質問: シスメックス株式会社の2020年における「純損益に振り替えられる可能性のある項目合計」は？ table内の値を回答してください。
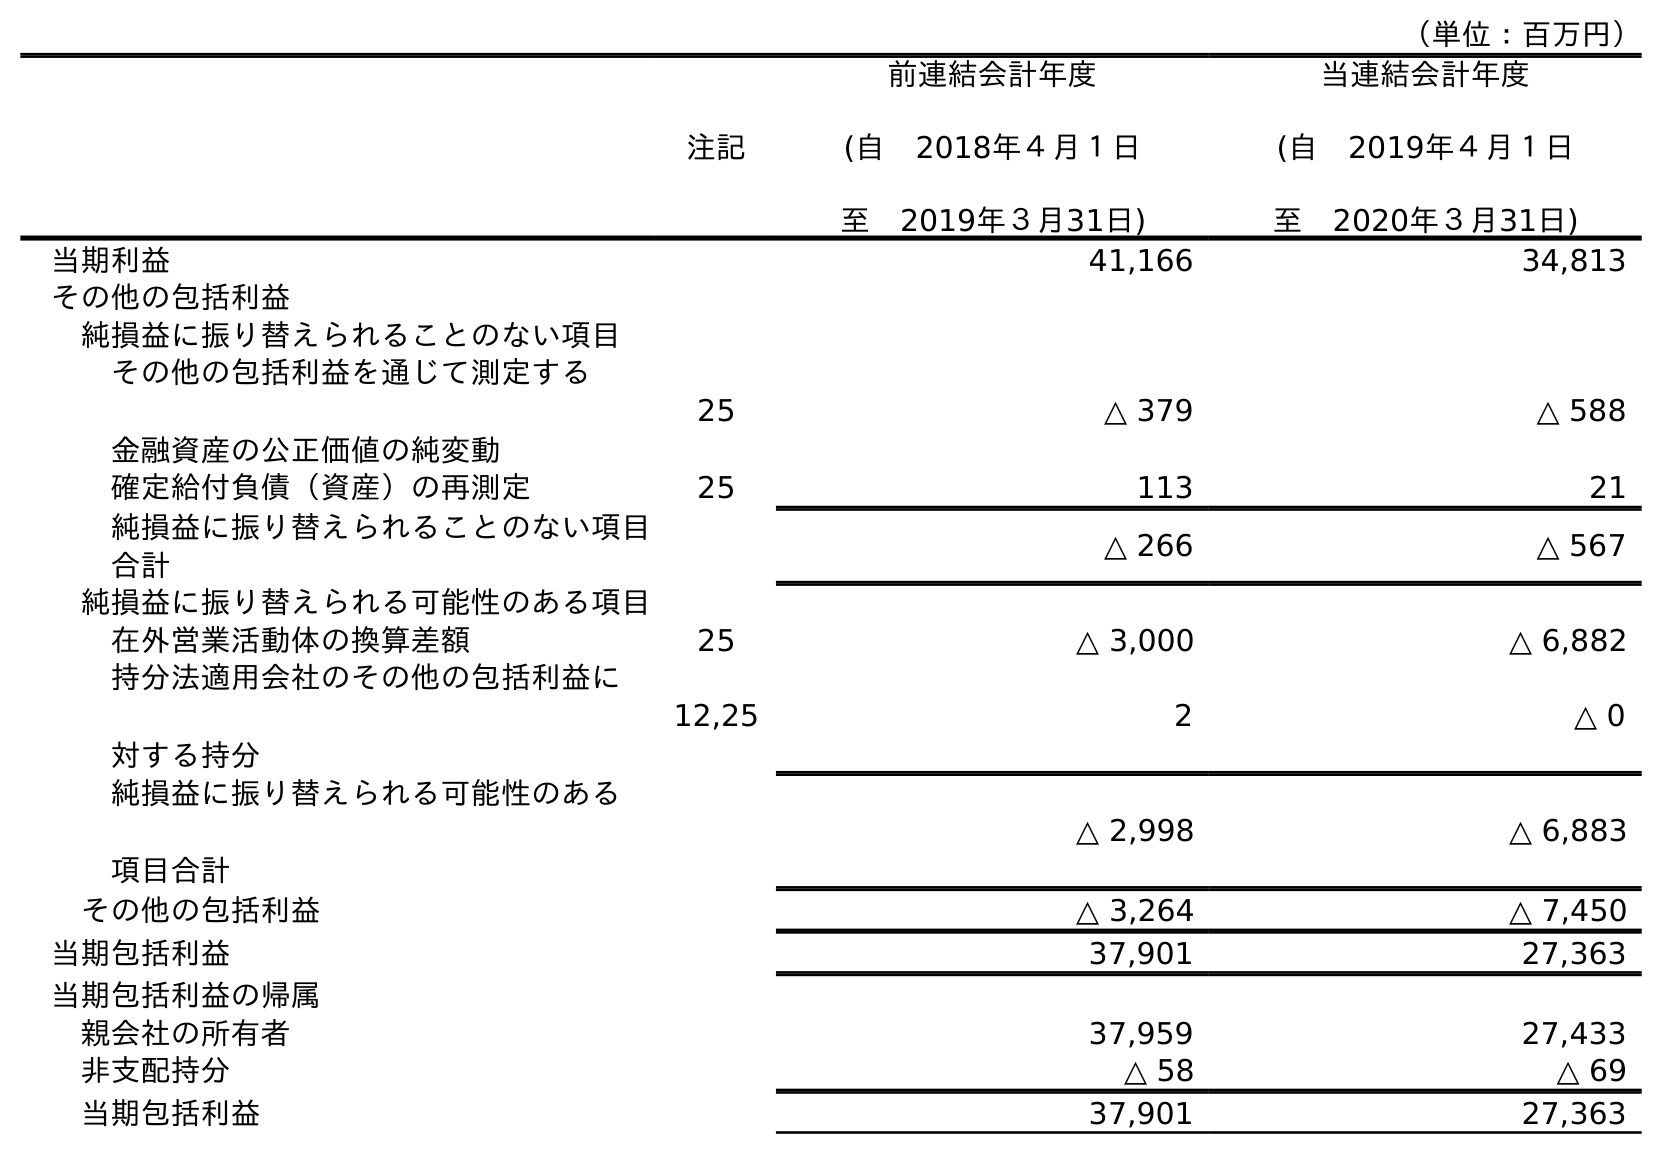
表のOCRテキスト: （単位：百万円） 注記 前連結会計年度 (自 2018年４月１日 至 2019年３月31日) 当連結会計年度 (自 2019年４月１日 至 2020年３月31日) 当期利益 41,166 34,813 その他の包括利益 純損益に振り替えられることのない項目 その他の包括利益を通じて測定する 金融資産の公正価値の純変動 25 △ 379 △ 588 確定給付負債（資産）の再測定 25 113 21 純損益に振り替えられることのない項目 合計 △ 266 △ 567 純損益に振り替えられる可能性のある項目 在外営業活動体の換算差額 25 △ 3,000 △ 6,882 持分法適用会社のその他の包括利益に 対する持分 12,25 2 △ 0 純損益に振り替えられる可能性のある 項目合計 △ 2,998 △ 6,883 その他の包括利益 △ 3,264 △ 7,450 当期包括利益 37,901 27,363 当期包括利益の帰属 親会社の所有者 37,959 27,433 非支配持分 △ 58 △ 69 当期包括利益 37,901 27,363
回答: △6,883